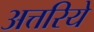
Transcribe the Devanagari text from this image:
अत्तरिये